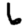
Digit: 6